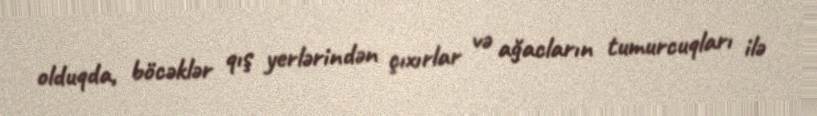
olduqda, böcəklər qış yerlərindən çıxırlar və ağacların tumurcuqları ilə